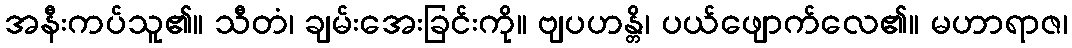
အနီးကပ်သူ၏။ သီတံ၊ ချမ်းအေးခြင်းကို။ ဗျပဟန္တိ၊ ပယ်ဖျောက်လေ၏။ မဟာရာဇ၊